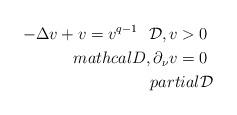
LaTeX: \begin{align*} -\Delta v+v= v^{q-1}\ \ \mathcal D, v>0\ \\mathcal D,\partial_\nu v=0\ \\partial \mathcal D\end{align*}